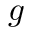
g